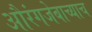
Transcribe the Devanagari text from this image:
औरंगजेबाच्याच